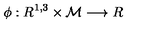
\phi : R ^ { 1 , 3 } \times { \cal M } \longrightarrow R